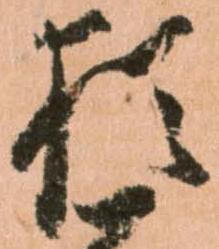
猶